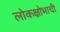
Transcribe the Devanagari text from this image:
लोकक्षोभाची